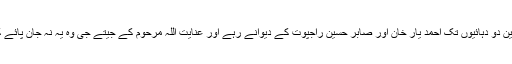
دلچسپ ترین امر یہ تھا کہ ان کے لاکھوں قارئین دو دہائیوں تک احمد یار خان اور صابر حسین راجپوت کے دیوانے رہے اور عنایت اللہ مرحوم کے جیتے جی وہ یہ نہ جان پائے کہ یہ ایک ہی شخصیت کے دوسرے روپ ہیں۔